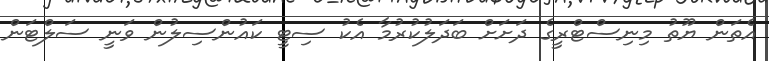
އެތަން ޔޫތު މިނިސްޓްރީގެ ދަށަށް ބަދަލުކުރުމާ އެކު ސިޓީ ކައުންސިލުން ވަނީ ސަލްޓަން